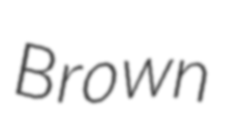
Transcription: Brown